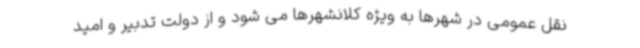
نقل عمومی در شهرها به ویژه کلانشهرها می شود و از دولت تدبیر و امید